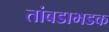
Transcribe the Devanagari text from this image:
तांबडाभडक